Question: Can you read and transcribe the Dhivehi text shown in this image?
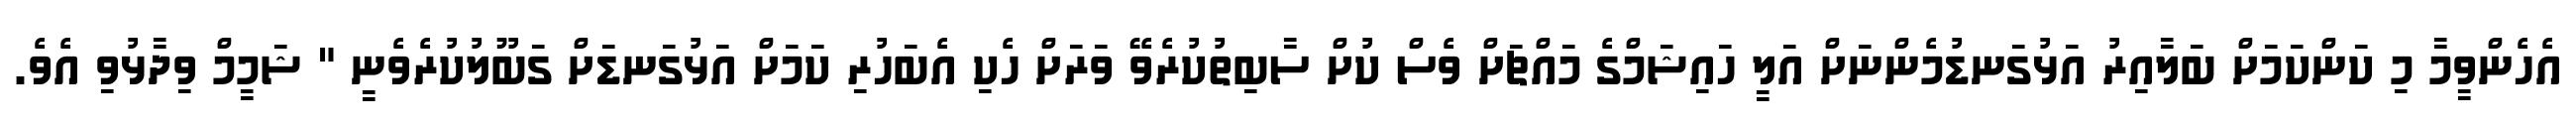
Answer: އެހެންވީމާ މި ކަންކަމަށް ބަލާއިރު އަޅުގަނޑުމެންނަށް އަލީ ހައިޝަމްގެ މައްޗަށް ވެސް ކުށް ސާބިތުކުރެވޭ ވަރަށް ހެކި އެބަހުރި ކަމަށް އަޅުގަނޑަށް ގަބޫލުކުރެވެނީ " ޝަމީމް ވިދާޅުވި އެވެ.